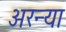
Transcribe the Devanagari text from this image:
अरन्या